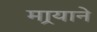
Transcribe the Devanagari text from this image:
मार्‍याने